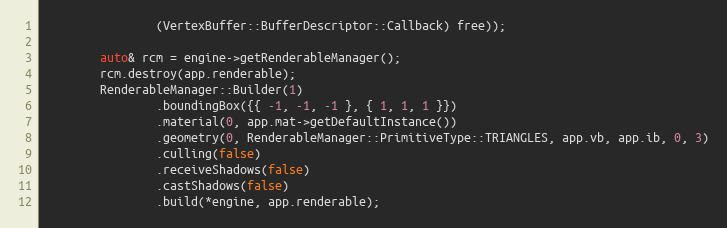
Language: C++
                (VertexBuffer::BufferDescriptor::Callback) free));

        auto& rcm = engine->getRenderableManager();
        rcm.destroy(app.renderable);
        RenderableManager::Builder(1)
                .boundingBox({{ -1, -1, -1 }, { 1, 1, 1 }})
                .material(0, app.mat->getDefaultInstance())
                .geometry(0, RenderableManager::PrimitiveType::TRIANGLES, app.vb, app.ib, 0, 3)
                .culling(false)
                .receiveShadows(false)
                .castShadows(false)
                .build(*engine, app.renderable);